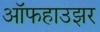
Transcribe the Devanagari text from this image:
ऑफहाउझर